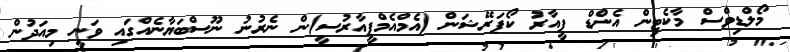
މޯލްޑިވްސް މާކެޓިން އެންޑް ޕީއާރު ކޯޕަރޭޝަން (އެމްއެމްޕީއާރުސީ)ން ނެރުނު ނޫސްބަޔާނެއްގައި ވަނީ މިއަދުން